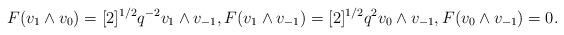
LaTeX: \begin{align*}F (v_1 \wedge v_0) = [2]^{1/2} q^{-2} v_1 \wedge v_{-1}, F (v_1 \wedge v_{-1}) = [2]^{1/2} q^2 v_0 \wedge v_{-1}, F (v_0 \wedge v_{-1}) = 0.\end{align*}